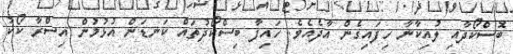
ބޮސްކޯދާއި ލުއިކާނާ ހިފައިގެން އާދެއެވެ. ހައިފާ ބިސްކޯދުތައް ކަނޑަން އުޅުމުން އިސްރާ ކޯކު